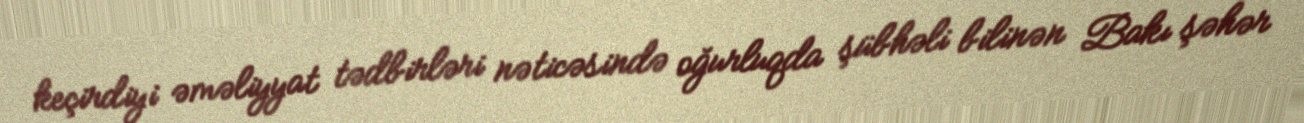
keçirdiyi əməliyyat tədbirləri nəticəsində oğurluqda şübhəli bilinən Bakı şəhər